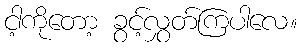
ငါ့ကိုတော့ ခွင့်လွှတ်ကြပါလေ။